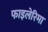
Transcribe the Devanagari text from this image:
फाइलेरिमा